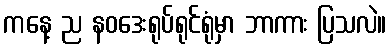
ကနေ့ ည နဝဒေးရုပ်ရုင်ရုံမှာ ဘာကား ပြသလဲ။